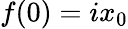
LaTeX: f(0)=ix_{0}